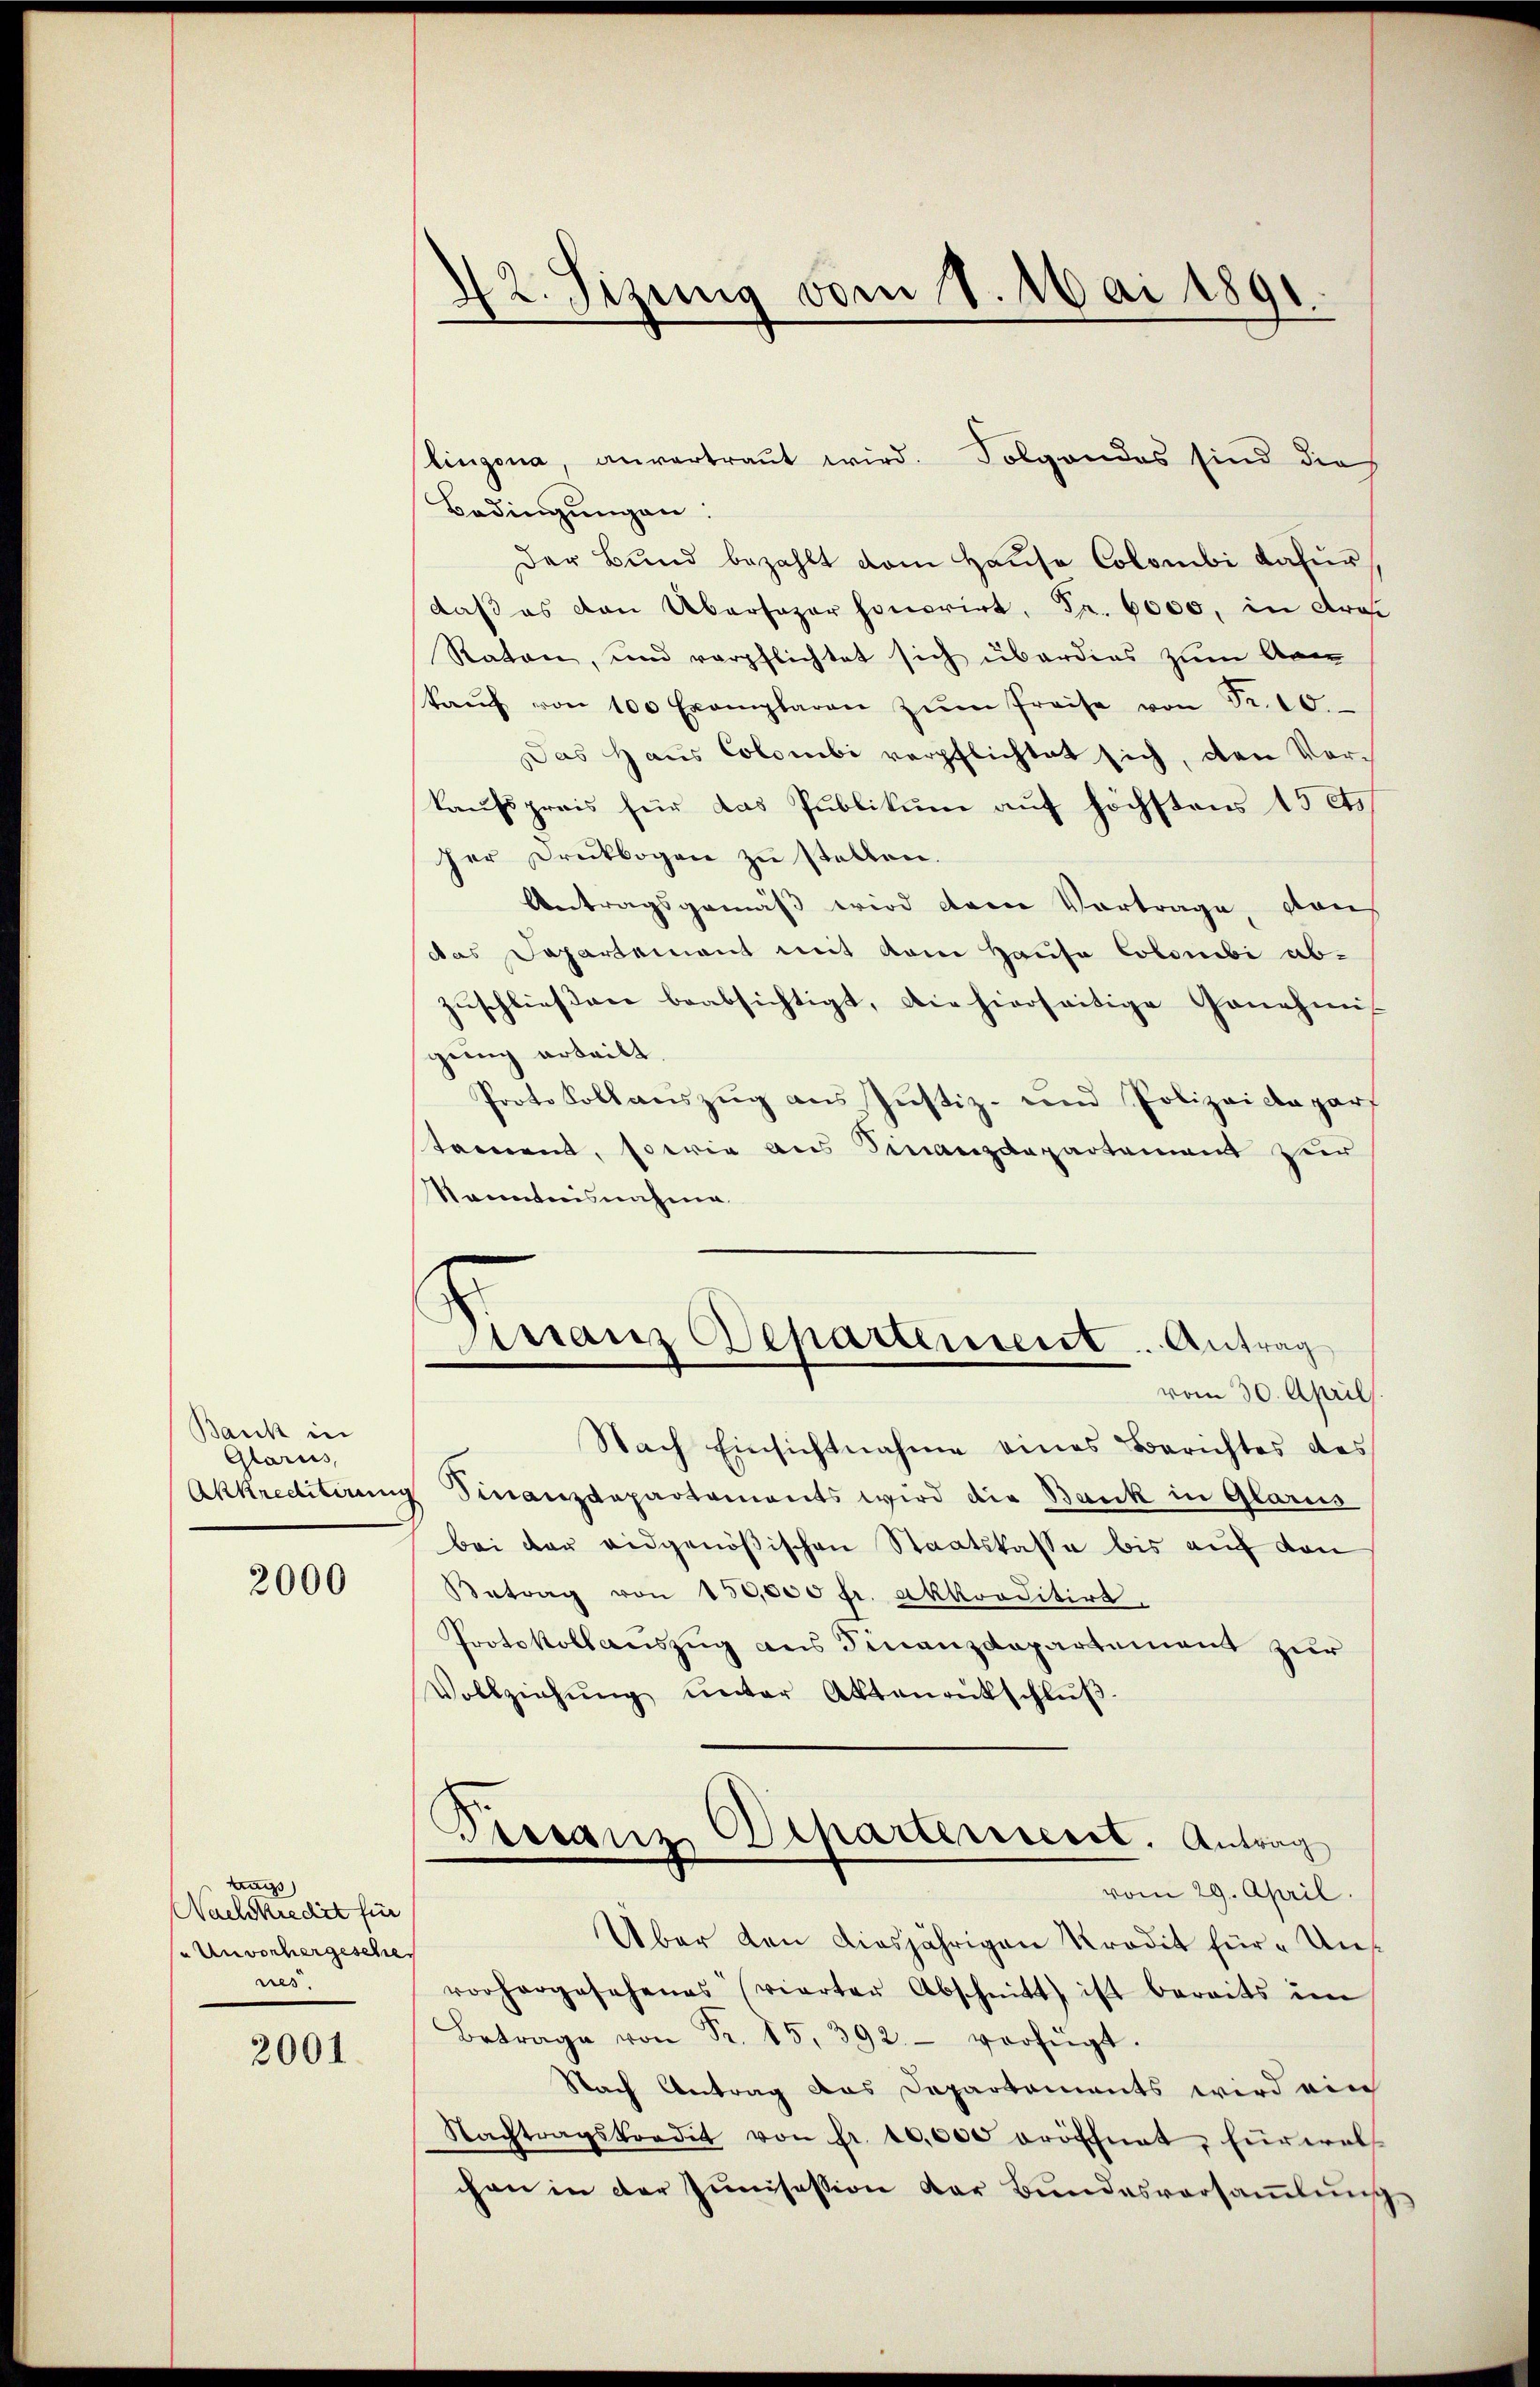
Bank in
Glarus,
Akkreditirun

2000

ng)
Nachkredit für
( Unvorhergesche
nes

2001.

42. Sizung vom 1. Mai 1891

Bedingŭngen:
Der Bund bezahlt vom Hause Colombi daur
daß es den Übersager honorirt, Fr. 6000, in droi
Raten, und verpflichtet sich überdies zum Arm
kaŭf von 100 Exemplaren zŭm Preise von Fr. 10.
Das Haus Colombi verpflichtet sich, den Vorkaufspreis für das Publikum auf höchstens 15 Cts
her Druckbogen zu stellen.
Antragsgemäß wird dem Vortrage, von
das Departement mit vom Hausa Colombi ab-
Zuschließen beabsichtigt, die hierseitige Genehmis
gung erteilt.
Prote Sollaŭszŭg ans Justiz- und Polizeidepart
tament, sowie aus Finanzdepartement zur
Kenntnisnahme
Nach Einsichtnahme eines Berichtes des
 Finanzdepartements wird die Bank in Glarus
bei der eidgenößischen Staatskasse bis auf den
Betrag von 150,000 fr. akkorditirt.
Protokoll auszug aus Finanzdepartement zur
Vollziehŭng ŭnter Aktenrütschlŭβ
Terranz
Acharterrieret. Antrag
vom 29. April.
Über den diesjährigen Kredit für Unvorhergesehenes (vierter Abschnitt ist bereits in
Betrag von Fr. 15, 392 verfügt.
Nach Antrag das Departements wird ein
Nachtragskordit von fr. 10,000 eröffnet. Fürwals
chen in der Junisession der Bundesversammlung

lingena, anvertraut wird. Folgendes sind die

Dirranz Departement ... Antrag
vom 30. April

s